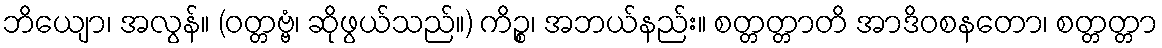
ဘိယျော၊ အလွန်။ (ဝတ္တဗ္ဗံ၊ ဆိုဖွယ်သည်။) ကိဉ္စ၊ အဘယ်နည်း။ စတ္တတ္တာတိ အာဒိဝစနတော၊ စတ္တတ္တာ